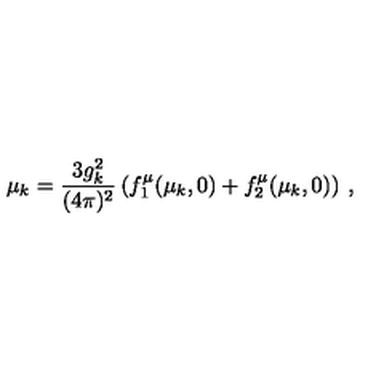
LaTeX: \mu _ { k } = \frac { 3 g _ { k } ^ { 2 } } { ( 4 \pi ) ^ { 2 } } \left( f _ { 1 } ^ { \mu } ( \mu _ { k } , 0 ) + f _ { 2 } ^ { \mu } ( \mu _ { k } , 0 ) \right) \: ,